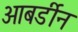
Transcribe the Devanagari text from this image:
आबर्डीन